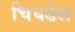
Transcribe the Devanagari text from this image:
चिघडेल